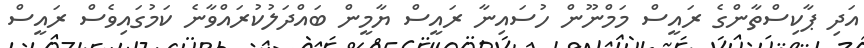
އަދި ޕާކިސްތާންގެ ރައީސް މަމްނޫން ހުސައިނާ ރައީސް ޔާމީން ބައްދަލުކުރައްވާނެ ކަމުގައިވެސް ރައީސް